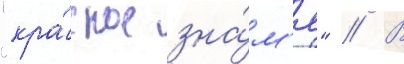
"кра́сное зна́м'я" // В